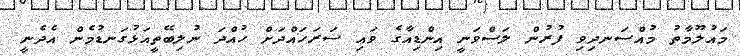
މައުލޫމާތު މުއްސަނދިވި ފުރުން ލަސްވަނީ އިންޑިއާގެ ވައި ސަރަހައްދަށް ހުއްދަ ނުލިބޭތީއަޅުގަނޑުމެން އެދެނީ